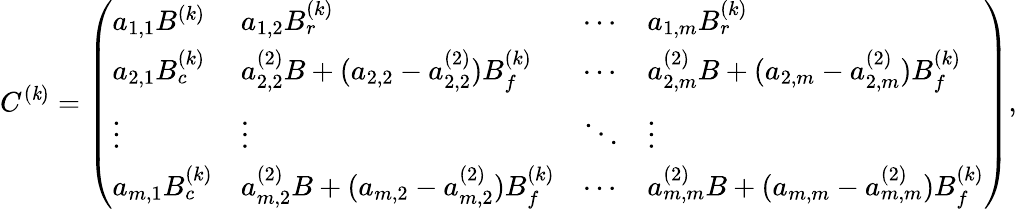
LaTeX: C^{(\mathit{k})}=\left(\begin{array}{llll}{a_{1,1}B^{(k)}}&{a_{1,2}B_{r}^{(k)}}&{\cdots}&{a_{1,m}B_{r}^{(k)}}\\ {a_{2,1}B_{c}^{(k)}}&{a_{2,2}^{(2)}B+(a_{2,2}-a_{2,2}^{(2)})B_{f}^{(k)}}&{\cdots}&{a_{2,m}^{(2)}B+(a_{2,m}-a_{2,m}^{(2)})B_{f}^{(k)}}\\ {\vdots}&{\vdots}&{\ddots}&{\vdots}\\ {a_{m,1}B_{c}^{(k)}}&{a_{m,2}^{(2)}B+(a_{m,2}-a_{m,2}^{(2)})B_{f}^{(k)}}&{\cdots}&{a_{m,m}^{(2)}B+(a_{m,m}-a_{m,m}^{(2)})B_{f}^{(k)}}\end{array}\right),